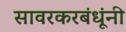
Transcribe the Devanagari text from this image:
सावरकरबंधूंनी